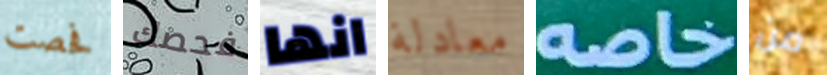
فحصت فحصك انها معادلة خاصه من